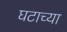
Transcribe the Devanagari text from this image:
घटाच्या